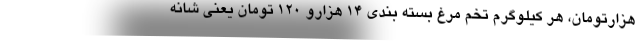
هزارتومان، هر کیلوگرم تخم مرغ بسته بندی ۱۴ هزارو ۱۲۰ تومان یعنی شانه